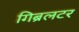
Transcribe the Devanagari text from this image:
गिब्रलटर